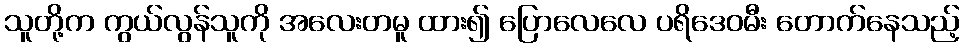
သူတို့က ကွယ်လွန်သူကို အလေးတမူ ထား၍ ပြောလေလေ ပရိဒေဝမီး တောက်နေသည့်